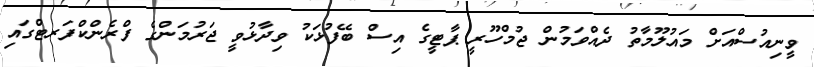
ވީނިއުސްއަށް މައުލޫމާތު ދެއްވަމުން ޖުމްހޫރީ ޕާޓީގެ އިސް ބޭފުޅަކު ވިދާޅުވީ ޖަރުމަންގެ ފްރެންކްފަރޓްގައި